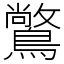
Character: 𪅶